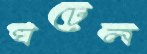
ঘঢ়েল